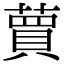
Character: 蕒